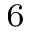
^ 6